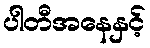
ပါတီအနေနှင့်